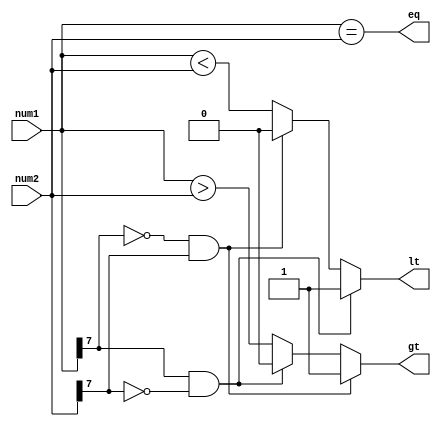
module signed_magnitude_comparator (
    input [7:0] num1,
    input [7:0] num2,
    output gt, // greater than
    output eq, // equal to
    output lt // less than
);

assign gt = (num1[7] == 0 && num2[7] == 1) ? 1 : (num1[7] == 1 && num2[7] == 0) ? 0 : (num1 > num2);
assign eq = (num1 == num2);
assign lt = (num1[7] == 1 && num2[7] == 0) ? 1 : (num1[7] == 0 && num2[7] == 1) ? 0 : (num1 < num2);

endmodule